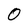
Character: 0